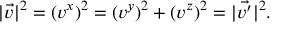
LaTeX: | \vec { v } | ^ { 2 } = ( v ^ { x } ) ^ { 2 } = ( v ^ { y } ) ^ { 2 } + ( v ^ { z } ) ^ { 2 } = | \vec { v ^ { \prime } } | ^ { 2 } .